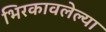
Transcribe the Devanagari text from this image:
भिरकावलेल्या